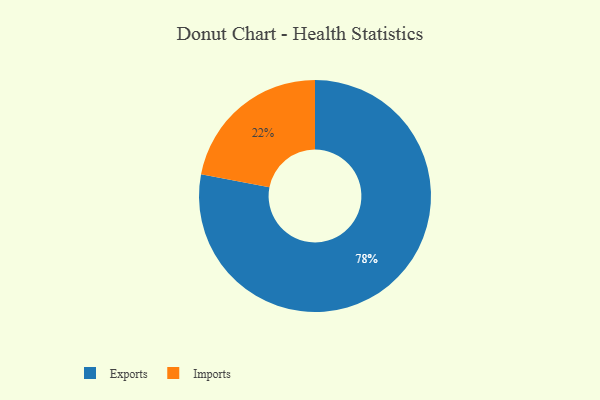
{"axis": {"x": "Category", "y": "Percentage"}, "legend": ["Exports", "Imports"], "data": [{"x": "Exports", "y": 78, "type": "Exports"}, {"x": "Imports", "y": 22, "type": "Imports"}]}